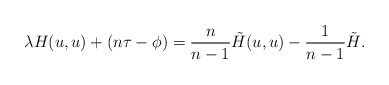
\begin{align*}\lambda H(u,u)+(n\tau-\phi)=\frac{n}{n-1}{\tilde H}(u,u)-\frac{1}{n-1}{\tilde H}.\end{align*}